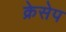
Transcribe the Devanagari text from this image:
क्रेसेप